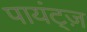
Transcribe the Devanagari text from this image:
पायंट्ज़